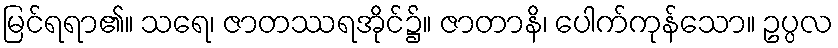
မြင်ရရာ၏။ သရေ၊ ဇာတဿရအိုင်၌။ ဇာတာနိ၊ ပေါက်ကုန်သော။ ဥပ္ပလ